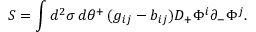
S = \int d ^ { 2 } \sigma \, d \theta ^ { + } \, ( g _ { i j } - b _ { i j } ) D _ { + } \Phi ^ { i } \partial _ { - } \Phi ^ { j } .